Indian Civil Veterinary Department memoirs
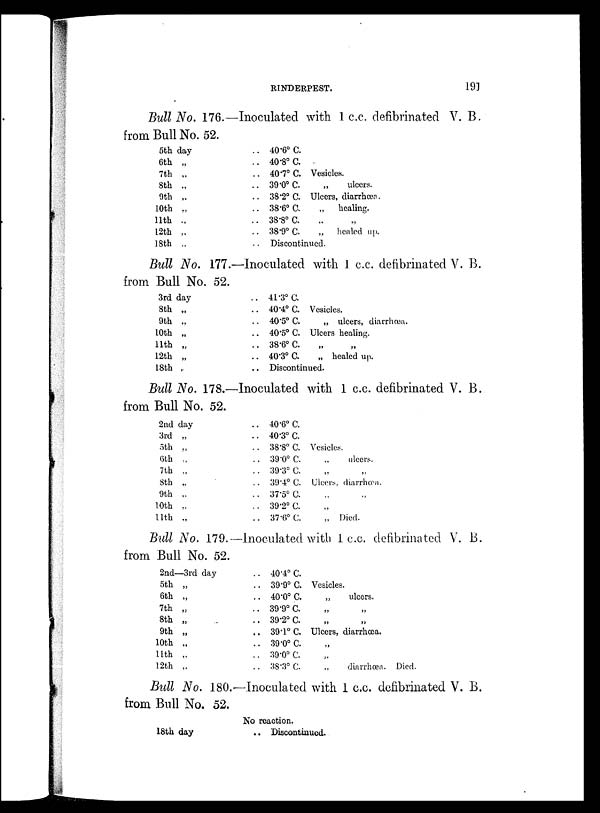
RINDERPEST.
191
Bull No. 176.—Inoculated with 1 c.c. defibrinated V. B.
from Bull No. 52.
5th day
6th „
7th „
8th „
9th „
10th „
11th „
12th „
18th „
.. 40.6º C.
.. 40.8º C.
.. 40.7º C. Vesicles.
.. 39.0º C.
„
ulcers.
.. 38.2º C. Ulcers, diarrhœa.
.. 38.6º C.
„
healing.
.. 38.8º C. „ „
.. 38.9º C. „
healed up.
.. Discontinued.
Bull No. 177.—Inoculated with 1 c.c. defibrinated V. B.
from Bull No. 52.
3rd day
8th „
9th „
10th „
11th „
12th „
18th „
.. 41.3º C.
.. 40.4º C. Vesicles.
. . 40.5º C.
„ ulcers, diarrhœa.
.. 40.5º C. Ulcers healing.
.. 38.6º C. „ „
.. 40.3º C.
„ healed up.
.. Discontinued.
Bull No. 178.—Inoculated with 1 c.c. defibrinated V. B.
from Bull No. 52.
2nd day
3rd „
5th „
6th „
7th „
8th „
9th „
10th „
11th „
.. 40.6º C.
.. 40.3º C.
.. 38.8º C. Vesicles.
.. 39.0º C.
„
ulcers.
.. 39.3º C. „ „
.. 39.4º C. Ulcers, diarrhœa.
.. 37.5º C. „ „
.. 39.2º C. „
.. 37.6º C.
„ Died.
Bull No. 179.— Inoculated with 1. c.c. defibrinated V. B.
from Bull No. 52.
2nd—3rd day
5th „
6th „
7th „
8th „
9th „
10th „
11th „
12th „
.. 40.4º C.
.. 39.9º C. Vesicles.
.. 40.0º C.
„
ulcers.
.. 39.9º C. „ „
.. 39.2º C. „ „
.. 39.1º C. Ulcers, diarrhœa.
.. 39.0º C. „
.. 39.0º C. „
.. 38.3º C.
„
diarrhœa. Died.
Bull No. 180.—.Inoculated with 1 c.c. defibrinated V. B.
from Bull No. 52.
18th day
No reaction.
.. Discontinued.